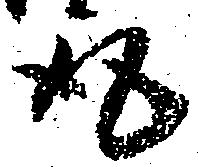
取